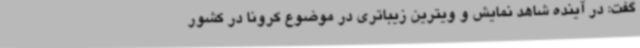
گفت: در آینده شاهد نمایش و ویترین زیباتری در موضوع کرونا در کشور